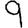
Digit: 9